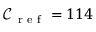
\mathcal { C } _ { \mathrm { ~ r ~ e ~ f ~ } } = 1 1 4